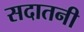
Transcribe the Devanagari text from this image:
सदातनी